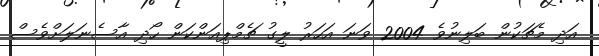
އަދި މެޗަކުން ބަލިނުވެ 2004 ވަނަ އަހަރު ލީގު ޗެމްޕިއަންކަން ހޯދި އާސެނަލަށްވެސް